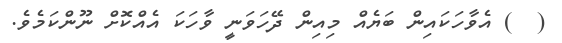
(  ) އެވާހަކައިން ބަޔެއް މިއިން ދޭހަވަނީ ވާހަކަ އެއްކޮށް ނޫންކަމެވެ.